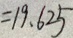
= 1 9 . 6 2 5